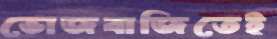
ভোজবাজিতেই